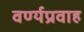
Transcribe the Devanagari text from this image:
वर्ण्यप्रवाह